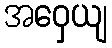
အဝှေယျ